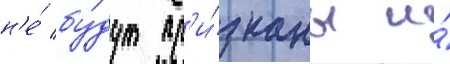
н'е́ бу́дут пр'и́знаны и́